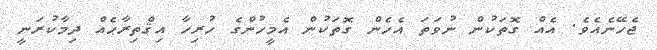
ޖެހޭނެއެވެ. އެއް ގޮތަކުން ނުވަތަ އެހެން ގޮތަކުން އެމީހުންގެ ހުރިހާ އިޤްތިރާޙެއް ދިމާކުރަނީ